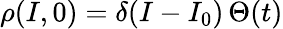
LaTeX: \rho(I,0)=\delta(I-I_{0})\, \Theta(t)